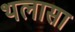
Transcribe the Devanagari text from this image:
थलासा